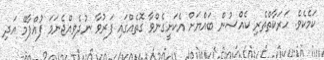
ކަމެކެވެ. ހަރަކާތްތެރި ކެއްސުން ބައްޔަށް އެކަށީގެންވާ ގޮތެއްގައި ފަރުވާ ނުދެވިއްޖެނަމަ ފުއްޕާމޭ އަދި